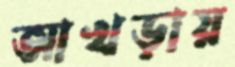
আখড়ায়